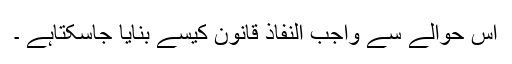
اس حوالے سے واجب النفاذ قانون کیسے بنایا جاسکتاہے ۔